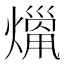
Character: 𤎞